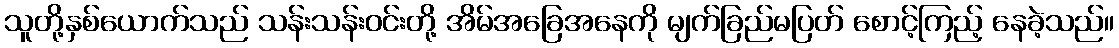
သူတို့နှစ်ယောက်သည် သန်းသန်းဝင်းတို့ အိမ်အခြေအနေကို မျက်ခြည်မပြတ် စောင့်ကြည့် နေခဲ့သည်။